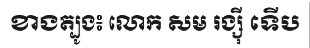
ខាងត្បូង៖ លោក សម រង្ស៊ី ទើប